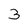
Character: 3